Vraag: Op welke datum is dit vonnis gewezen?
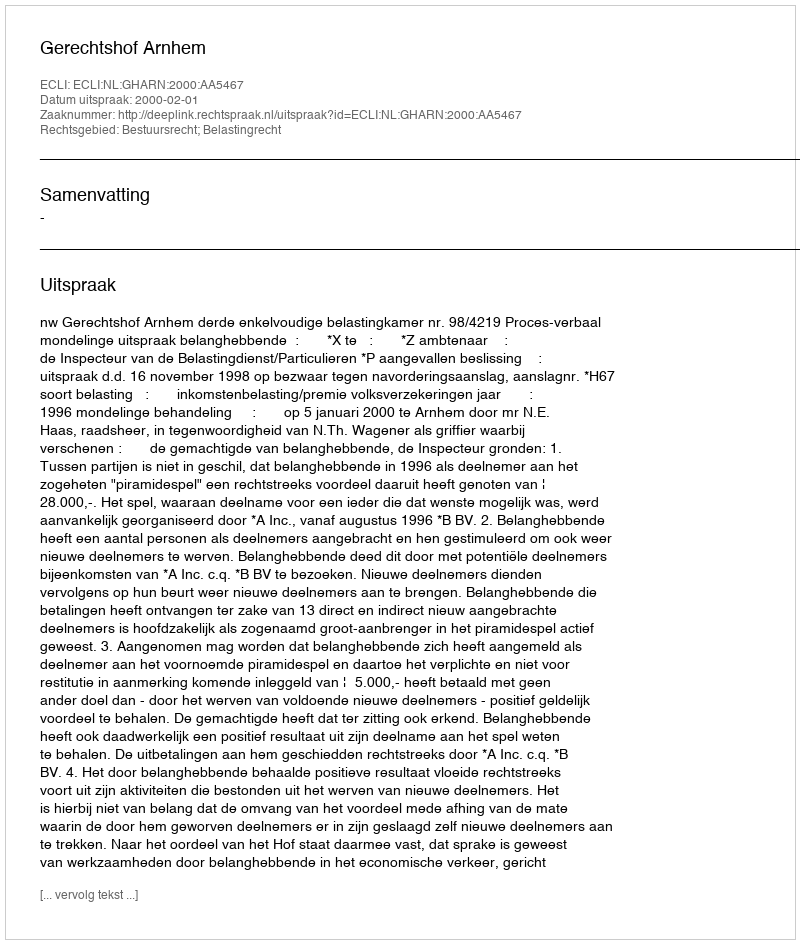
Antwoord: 2000-02-01